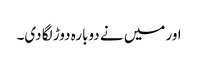
اور میں نے دوبارہ دوڑ لگا دی۔